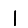
Digit: 1